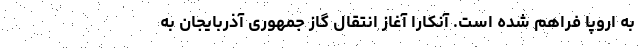
به اروپا فراهم شده است. آنکارا آغاز انتقال گاز جمهوری آذربایجان به